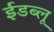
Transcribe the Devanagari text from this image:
ईडब्लू